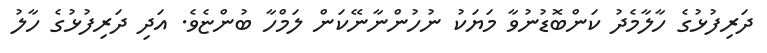
ދަރިފުޅުގެ ހާލާމެދު ކަންބޮޑުނުވާ މަޔަކު ނުހުންނާނޭކަން ލަމްހާ ބުންޏެވެ. އަދި ދަރިފުޅުގެ ހާލު